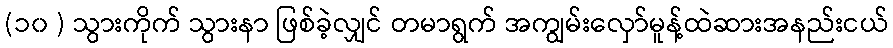
(၁၀ ) သွားကိုက် သွားနာ ဖြစ်ခဲ့လျှင် တမာရွက် အကျွမ်းလှော်မူန့်ထဲဆားအနည်းငယ်